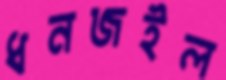
ধনজইল